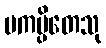
ပကပ္ပိတေသု